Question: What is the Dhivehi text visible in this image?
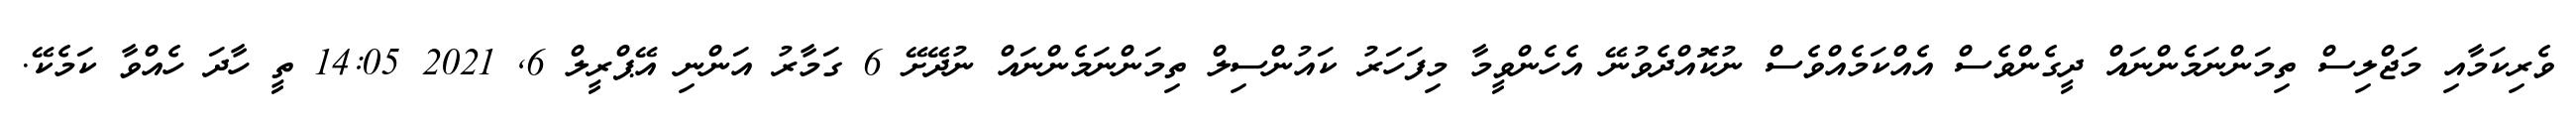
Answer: ވެރިކަމާއި މަޖްލިސް ތިމަންނަމެންނައް ދީގެންވެސް އެއްކަމެއްވެސް ނުކޮއްދެވުނޭ އެހެންވީމާ މިފަހަރު ކައުންސިލް ތިމަންނަމެންނައް ނުދޭށޭ 6 ގަމާރު އަންނި އޭޕްރީލް 6, 2021 14:05 ތީ ހާދަ ހެއްވާ ކަމެކޭ.